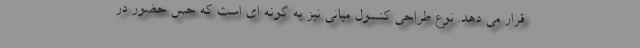
قرار می دهد. نوع طراحی کنسول میانی نیز به گونه ای است که حس حضور در